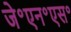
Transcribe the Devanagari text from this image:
जे॰एन॰एस॰